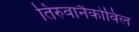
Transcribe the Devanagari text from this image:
तिरुवानैकोविल